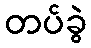
တပ်ခွဲ